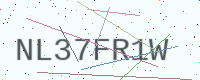
Text: NL37FR1W